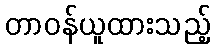
တာဝန်ယူထားသည့်